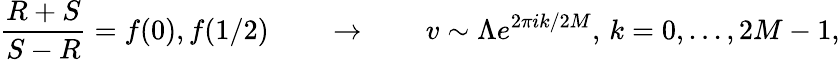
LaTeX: {\frac{R+S}{S-R}}=f(0),f(1/2)\qquad\rightarrow\qquad v\sim\Lambda e^{2\pi ik/2M},\, k=0,...,2M-1,